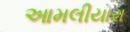
આમલીયારા